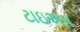
ટાઇઅપ